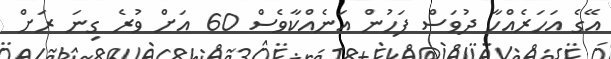
އޭގެ އަހަރެއްހާ ދުވަސް ފަހުން އަނެއްކާވެސް 60 އަށް ވުރެ ގިނަ ރަށް